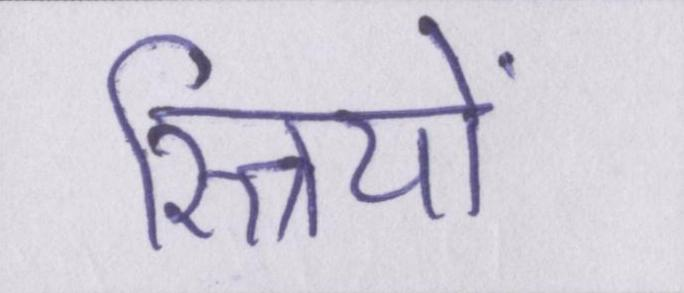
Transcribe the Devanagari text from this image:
स्त्रियों